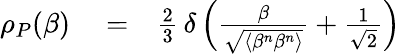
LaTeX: \begin{array}{rlr}{\rho_{P}(\beta)}&{{}=}&{\frac{2}{3}\, \delta\left(\frac{\beta}{\sqrt{\langle\beta^{n}\beta^{n}\rangle}}+\frac{1}{\sqrt{2}}\right)}\end{array}